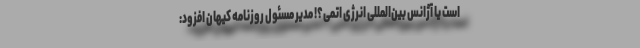
است یا آژانس بین‌المللی انرژی اتمی؟! مدیر مسئول روزنامه کیهان افزود: